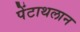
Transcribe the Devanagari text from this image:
पेंटाथलान